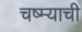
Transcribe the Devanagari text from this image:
चष्म्याची